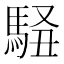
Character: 𱄜